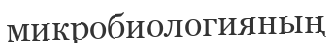
микробиологияның